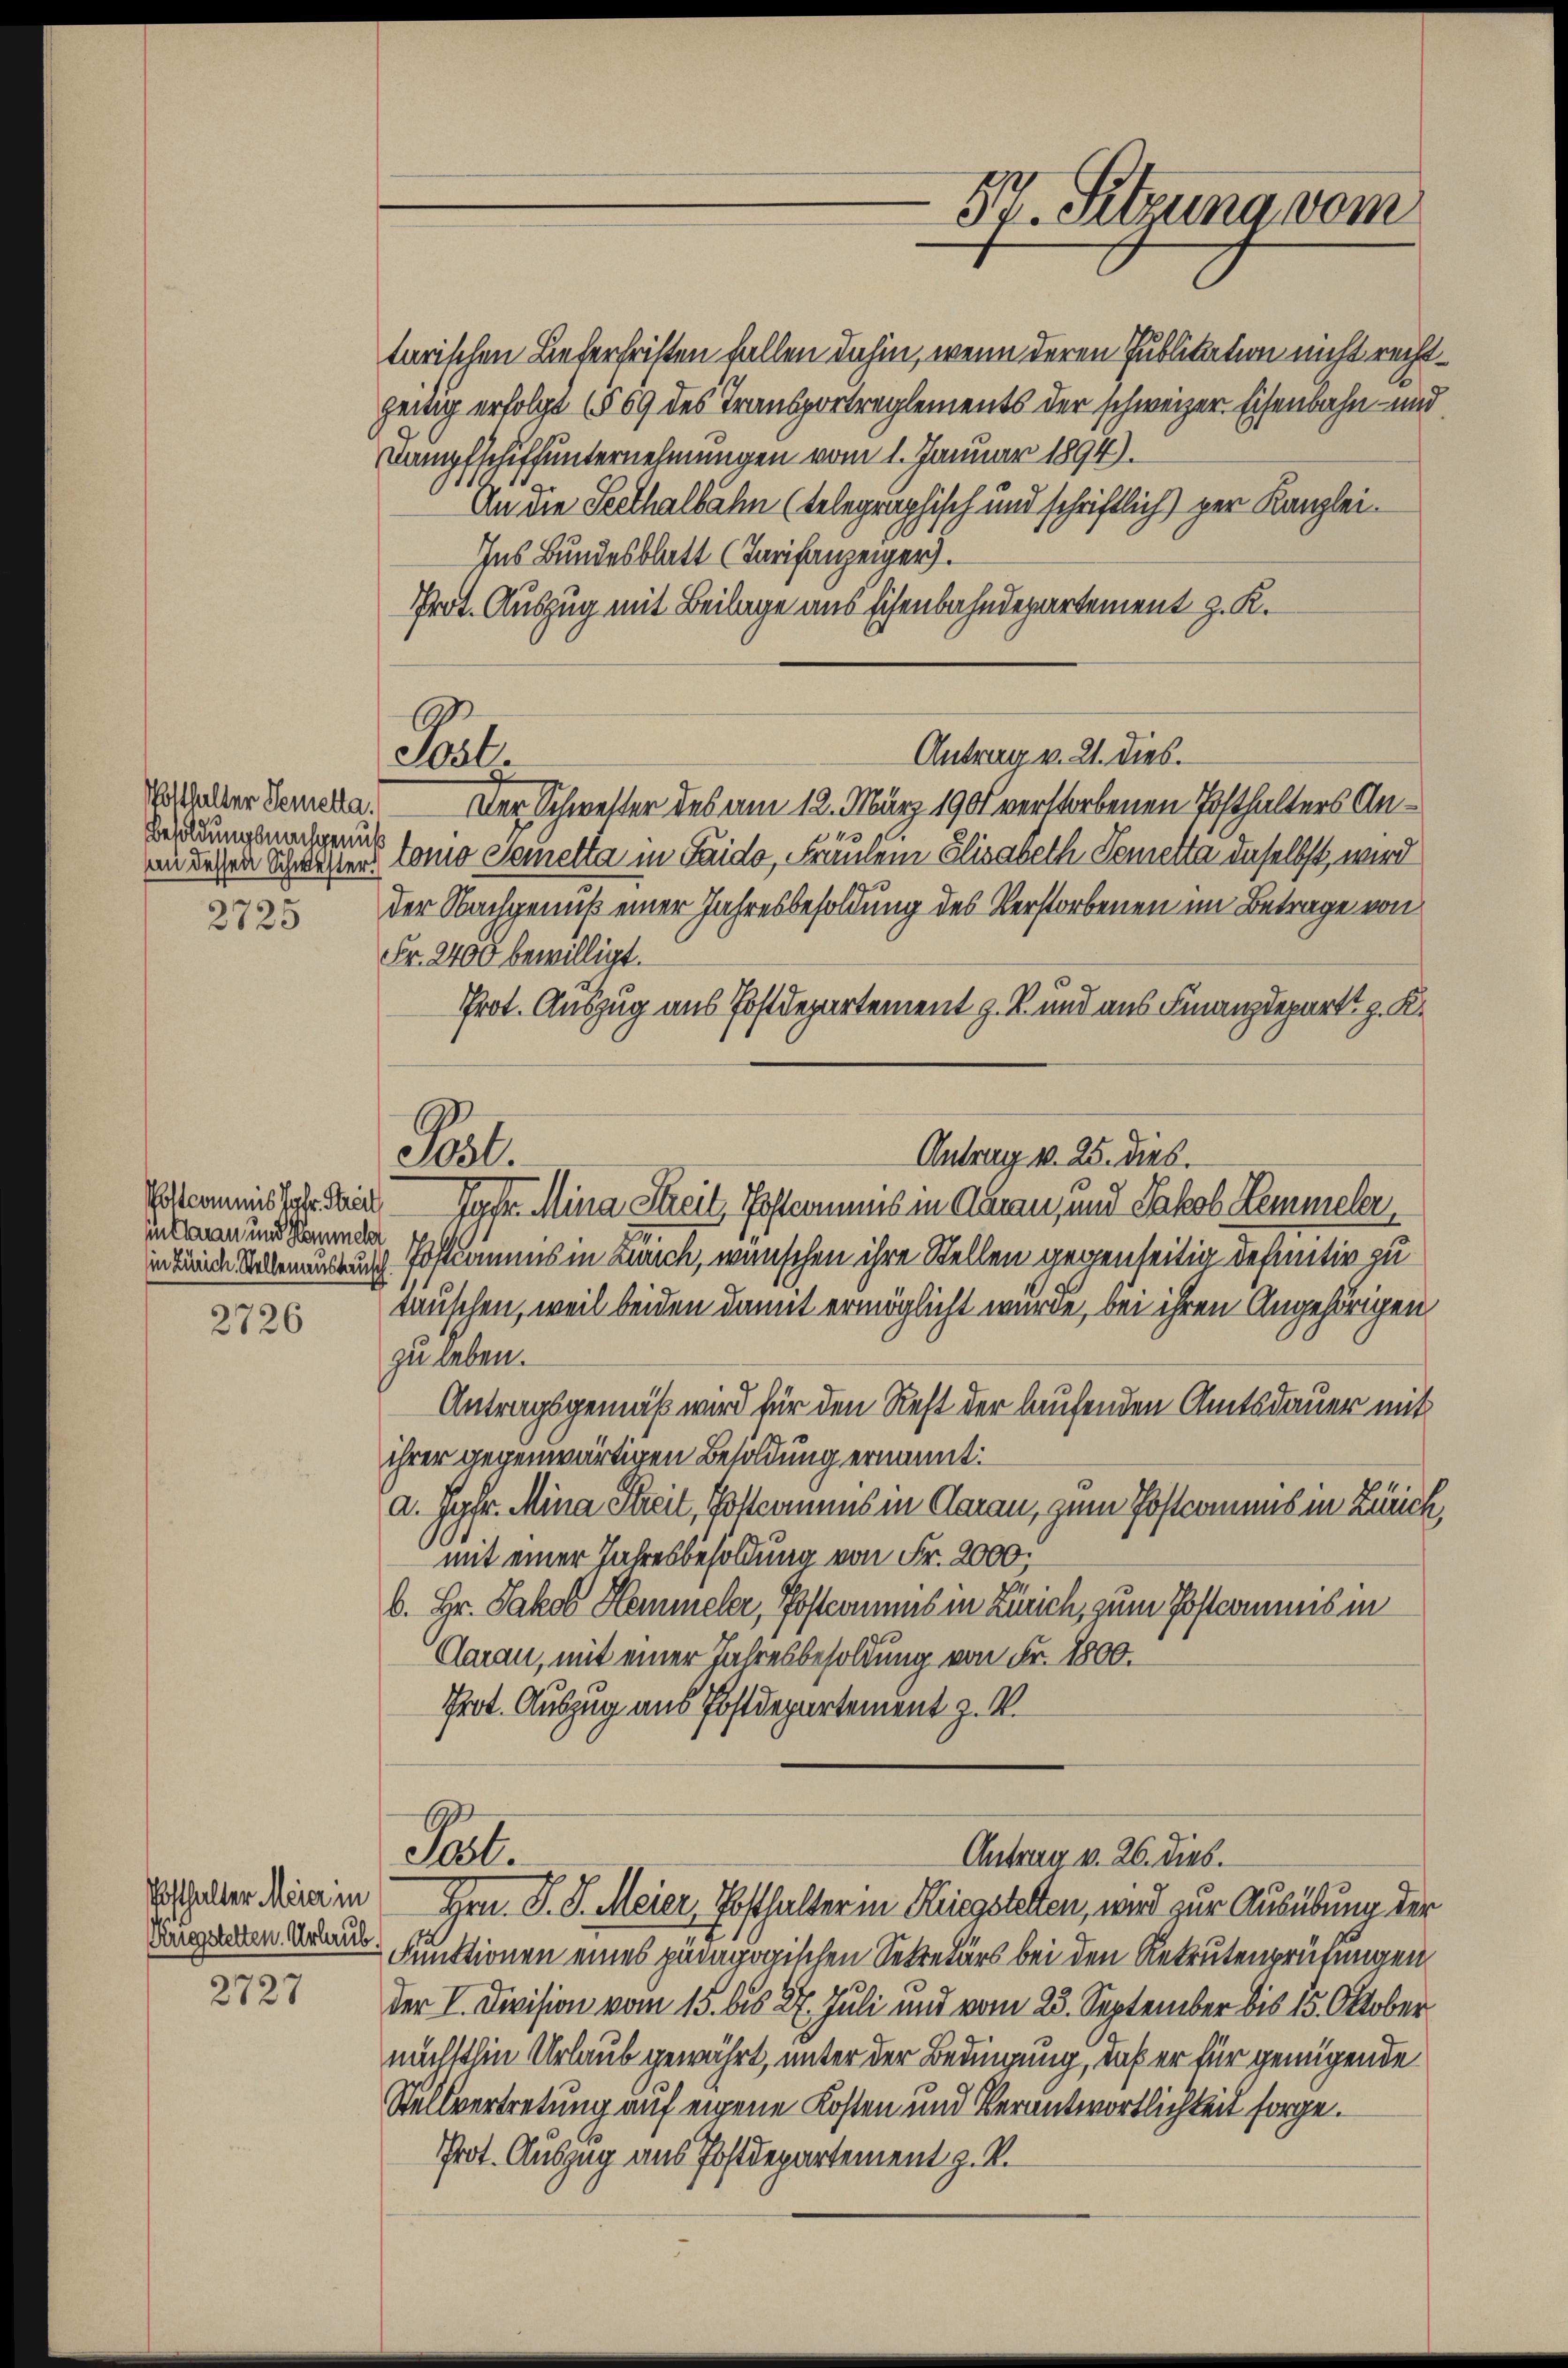
Wotthalter Semetta.
Besoldungsnachgenuß
An dessen Schwester.
2725

Postcommis Jahr. Streit
in Garan und Hammeln
in Zürich. Stellenaustausch

2726

Posthalter Meier in

2727

Pl.

tarischen Beterfristen fallen dahin, wenn deren Publikation nicht rechtzeitig erfolgt (§ 69 des Transportreglements der schweizer. Eisenbahn- und
Dampfschiffunternehmungen vom 1. Januar 1894).
An die Seethalbahn (telegraphisch und schriftlich) per Kanzlei.
Ins Bundesblatt (Tarifanzeiger).
Prot. Auszug mit Beilage aus Eisenbahndepartement z. K.
Antrag v. 21. dies.
Der Schwester des am 12. März 1901 verstorbenen Posthalters An¬
37
tomo Semetta in Faido, Fraulein Elisabeth Semetta daselbst, wird
der Nachgenuß einer Jahresbesoldung des Verstorbenen im Betrage von
Fr. 2400 bewilligt.
Prot. Auszug aus Postdepartement z. B. und aus Finanzdepart z. K.
Pol.
Antrag v. 25. dies.
Jgfr. Mina Streit, Postcommis in Aarau, und Jakob Hemmeler
 Postkamms in Zürich, wünschen ihre Stellen gegenseitig definitiv zu
tauschen, weil beiden damit ermöglicht wurde, bei ihren Angehörigen
zu leben.
Antragsgemäß wird für den Rest der laufenden Amtsdauer mit
ihrer gegenwärtigen Besoldung ernannt:
A. gefr. Mina Streit, Volkommens in Aarau, zum Postcomens in Zürich
mit einer Jahresbesoldung von Fr. 2000.
6. Hr. Jakob Hemmeler, Postcommis in Zürich, zum Postamens in
Aarau, mit einer Jahresbesoldung von Fr. 1800.
Prot. Auszug aus Postdepartement z. V.

57. Sitzung vom

Pat.
Antrag v. 26. dies.
Hrn. P. J. Meier, Posthalter in Kriegstelten, wird zur Ausübung der

Augarten Banus Funktionen eines pädagogischen Sekretärs bei den Rekrutenprüfungen
der V. Division vom 15. bis 27. Juli und vom 23. September bis 15. Oktober
mihtthin Urlaub gewährt, unter der Bedingung, daß er für genügende
Stellvertretung auf eigene Kosten und Verantwortlichkeit sorge.
Prot. Auszug aus Postdepartement z. R.